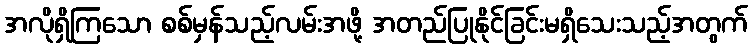
အလိုရှိကြသော စစ်မှန်သည့်လမ်းအဖို့ အတည်ပြုနိုင်ခြင်းမရှိသေးသည့်အတွက်